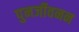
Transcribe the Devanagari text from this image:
पुनर्जीवनन